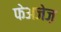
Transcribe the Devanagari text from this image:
फेअजेज़